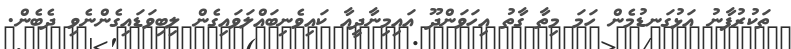
ތަކުރުފާނު އަޅުގަނޑުމެން ހަމަ މިތާ ގާތު އިހަވަންދޫ އައިމިނާދީއާ ކައިވެނިބައްލަވައިގެން ލިބިވަޑައިގެންނެވި ދެބެން.